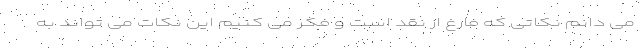
می دانم نکاتی که فارغ از نقد است و فکر می کنیم این نکات می تواند به